Indian journal of veterinary science and animal husbandry - Volumes 18-21, 1948-1951
Year: 1948
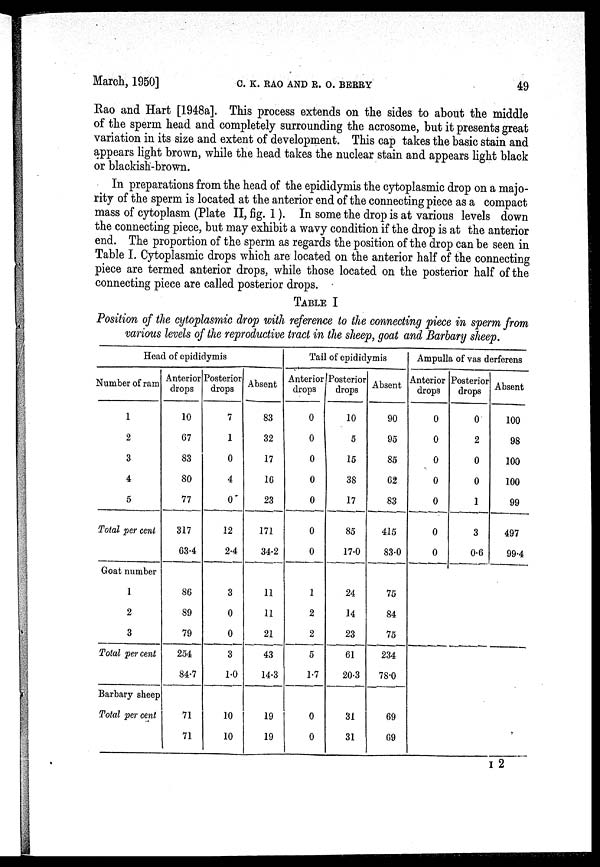
March, 1950]
C.
K.
RAO
AND
R.
O.
BERRY
49
Rao and Hart [1948a]. This process extends on the sides to about the middle
of the sperm head and completely surrounding the acrosome, but it presents great
variation in its size and extent of development. This cap takes the basic stain and
appears light brown, while the head takes the nuclear stain and appears light black
or blackish-brown.
In preparations from the head of the epididymis the cytoplasmic drop on a majo-
rity of the sperm is located at the anterior end of the connecting piece as a compact
mass of cytoplasm (Plate II, fig. 1). In some the drop is at various levels down
the connecting piece, but may exhibit a wavy condition if the drop is at the anterior
end. The proportion of the sperm as regards the position of the drop can be seen in
Table I. Cytoplasmic drops which are located on the anterior half of the connecting
piece are termed anterior drops, while those located on the posterior half of the
connecting piece are called posterior drops.
TABLE I
Position of the cytoplasmic drop with reference to the connecting piece in sperm from
various levels of the reproductive tract in the sheep, goat and Barbary sheep.
Head of epididymis
Number of ram
1
2
3
4
5
Total per cent
Goat number
1
2
3
Total percent
Barbary sheep
Total per cent
Anterior
drops
10
67
83
80
77
317
63.4
86
89
79
254
84.7
71
71
Posterior
drops
7
1
0
4
0
12
2.4
3
0
0
3
1.0
10
10
Absent
83
32
17
16
23
171
34.2
11
11
21
43
14.3
19
19
Tail of epididymis
Anterior
drops
0
0
0
0
0
0
0
1
2
2
5
1.7
0
0
Posterior
drops
10
5
15
38
17
85
17.0
24
14
23
61
20.3
31
31
Absent
90
95
85
62
83
415
83.0
75
84
75
234
78.0
69
69
Ampulla of vas derferens
Anterior
drops
0
0
0
0
0
0
0
Posterior
drops
0
2
0
0
1
3
0.6
Absent
100
98
100
100
99
497
99.4
I 2